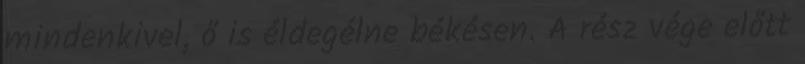
mindenkivel, ő is éldegélne békésen. A rész vége előtt